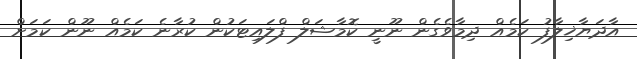
އާދަޔާޚިލާފު ކަމެއް ދިމާވެގެން ނޫނީ ކޮމާޝަލް ފްލައިޓަކުން ކުރާނެ ކަމެއް ނޫން ކަމަށް